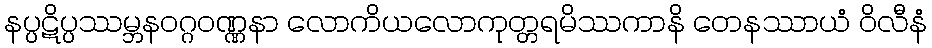
နပ္ပဋိပ္ပဿမ္ဘနဝဂ္ဂဝဏ္ဏနာ လောကိယလောကုတ္တရမိဿကာနိ တေနဿာယံ ဝိလီနံ